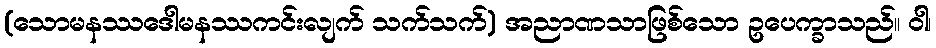
(သောမနဿဒေါမနဿကင်းလျက် သက်သက်) အညာဏသာဖြစ်သော ဥပေက္ခာသည်။ ဝါ၊